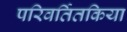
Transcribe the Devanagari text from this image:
परिवर्तितकिया